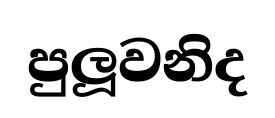
පුලූවනිද